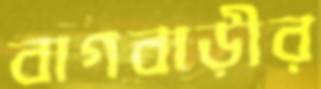
বাগবাড়ীর